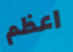
اعظم